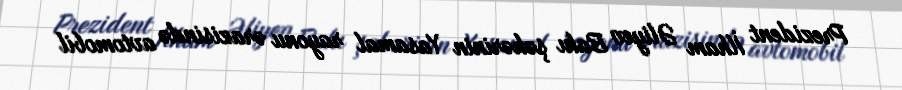
Prezident İlham Əliyev Bakı şəhərinin Yasamal rayonu ərazisində avtomobil